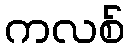
ကလစ်